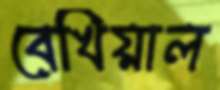
বেখিয়াল